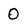
Character: 0